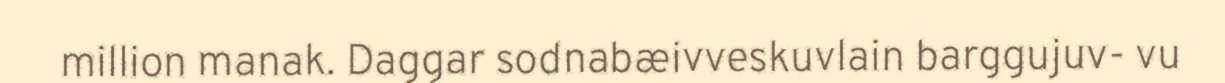
million manak. Daggar sodnabæivveskuvlain barggujuv- vu